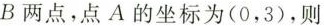
B两点，点A的坐标为(0，3)，则